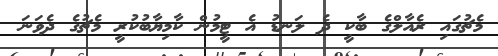
މެޗުގައި ރެއާލްގެ ބާކީ ދެ ލަނޑު އެ ޓީމުން ކާމިޔާބުކުރީ މެޗުގެ ދެވަނަ